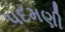
પદમણી